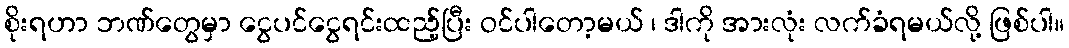
စိုးရဟာ ဘဏ်တွေမှာ ငွေပင်ငွေရင်းထည့်ပြီး ဝင်ပါတော့မယ် ၊ ဒါကို အားလုံး လက်ခံရမယ်လို့ ဖြစ်ပါ။